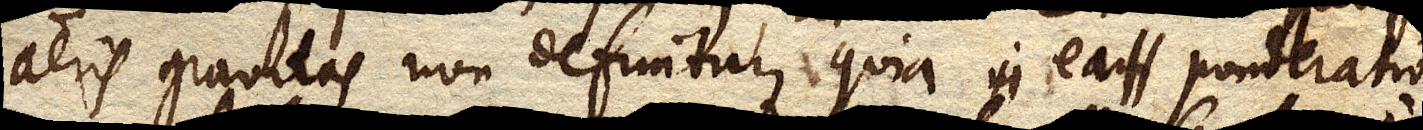
aeris gravitas non definitur, quia ea ponderatio